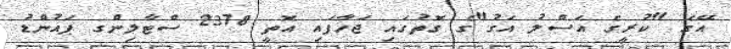
އޭގެ "ކުރީގެ އަސްލު އަގު"ގެ ގޮތުގައި ޖަހާފައި އޮތީ 2378 ސްޓާލިންގ ޕައުންޑު